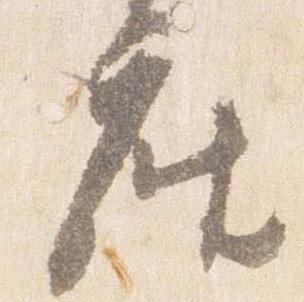
座